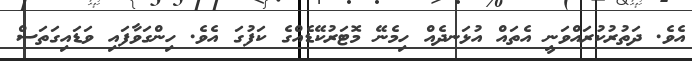
އެވެ. ދަތުރުކުރައްވަނީ އެތައް އުޅަނދެއް ހިމެނޭ މޮޓަރުކޭޑެއްގެ ކަފުގަ އެވެ. ހިންގަވާފައި ވަޑައިގަތަސް